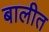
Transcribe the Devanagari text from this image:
बालीत